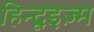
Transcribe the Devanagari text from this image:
हिन्दूइज़्म